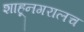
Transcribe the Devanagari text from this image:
शाहूनगरालच